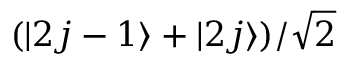
( | 2 j - 1 \rangle + | 2 j \rangle ) / \sqrt { 2 }